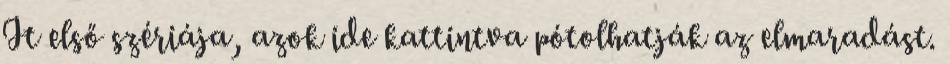
It első szériája, azok ide kattintva pótolhatják az elmaradást.